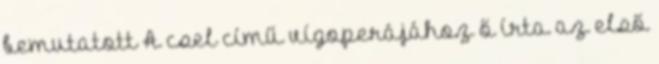
bemutatott A csel című vígoperájához ő írta az első